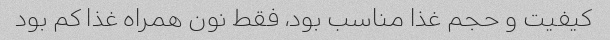
کیفیت و حجم غذا مناسب بود، فقط نون همراه غذا کم بود